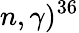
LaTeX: n,\gamma)^{36}